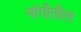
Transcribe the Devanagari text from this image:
नांगीतील